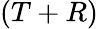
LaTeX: (T+R)